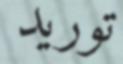
توريد